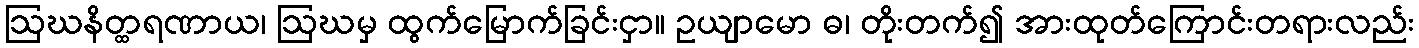
ဩဃနိတ္ထရဏာယ၊ ဩဃမှ ထွက်မြောက်ခြင်းငှာ။ ဥယျာမော ဓ၊ တိုးတက်၍ အားထုတ်ကြောင်းတရားလည်း